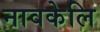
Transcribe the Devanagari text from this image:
नावकेलि